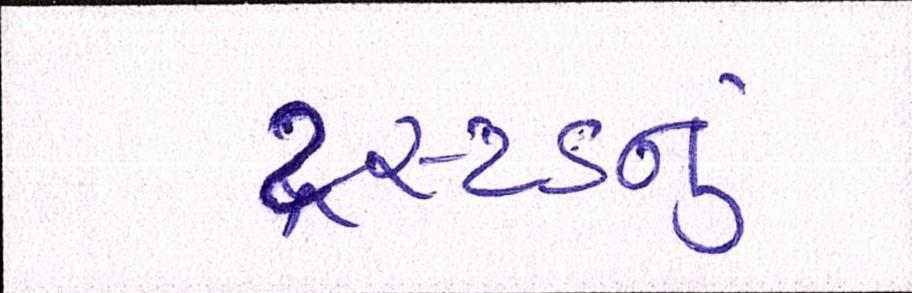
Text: ટ્રસ્ટડનું